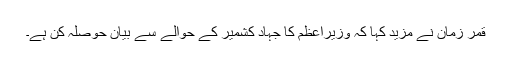
قمر زمان نے مزید کہا کہ وزیراعظم کا جہادِ کشمیر کے حوالے سے بیان حوصلہ کن ہے۔